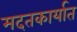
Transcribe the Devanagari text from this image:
मदतकार्यात